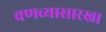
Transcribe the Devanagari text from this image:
वणव्यासारखा